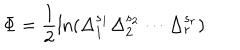
\Phi = \frac 1 2 \ln ( \Delta _ { 1 } ^ { s _ { 1 } } \Delta _ { 2 } ^ { s _ { 2 } } \cdots \Delta _ { r } ^ { s _ { r } } )